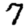
Digit: 7